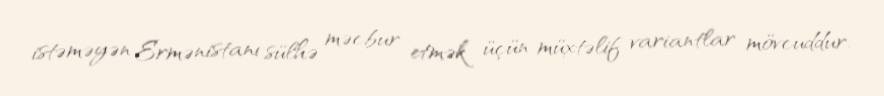
istəməyən Ermənistanı sülhə məcbur etmək üçün müxtəlif variantlar mövcuddur.